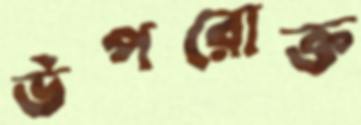
উপরোক্ত